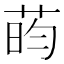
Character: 𫈔